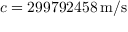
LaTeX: c = 2 9 9 7 9 2 4 5 8 \, { \mathrm { m / s } }